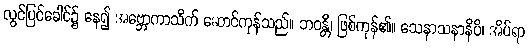
လွင်ပြင်ခေါင်၌ နေ၍ အဗ္ဘောကာသိက် ဆောင်ကုန်သည်။ ဘဝန္တိ၊ ဖြစ်ကုန်၏။ သေနာသနာနိပိ၊ အိပ်ရာ